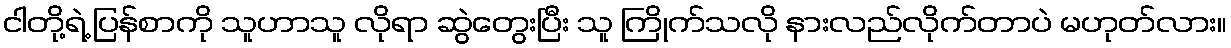
ငါတို့ရဲ့ ပြန်စာကို သူဟာသူ လိုရာ ဆွဲတွေးပြီး သူ ကြိုက်သလို နားလည်လိုက်တာပဲ မဟုတ်လား။